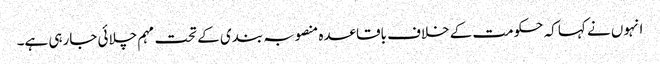
انہوں نے کہا کہ حکومت کے خلاف باقاعدہ منصوبہ بندی کے تحت مہم چلائی جارہی ہے۔